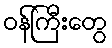
ဝန်ကြီးတွေ